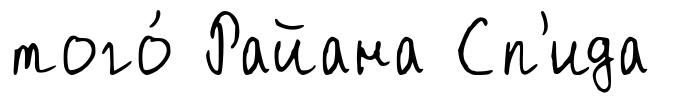
того́ Райана Сп'ида